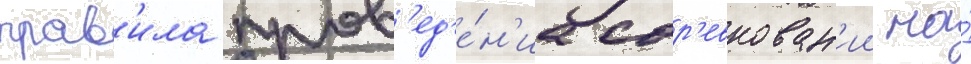
прав'ила пров'ед'е́н'иа сор'евнован'ии на́